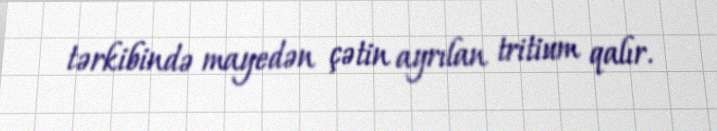
tərkibində mayedən çətin ayrılan tritium qalır.